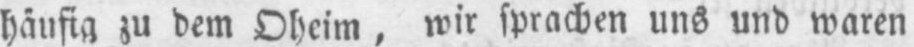
häufig zu dem Oheim, wir sprachen uns und waren